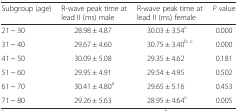
<table><thead><tr><td><b>Subgroup (age)</b></td><td><b>R-wave peak time at lead II (ms) male</b></td><td><b>R-wave peak time at lead II (ms) female</b></td><td><b><i>P</i> value</b></td></tr></thead><tbody><tr><td>21 ~ 30</td><td>28.98 ± 4.87</td><td>30.03 ± 3.54<sup>c</sup></td><td>0.000</td></tr><tr><td>31 ~ 40</td><td>29.67 ± 4.60</td><td>30.75 ± 3.40<sup>b c</sup></td><td>0.000</td></tr><tr><td>41 ~ 50</td><td>30.09 ± 5.08</td><td>29.35 ± 4.62</td><td>0.181</td></tr><tr><td>51 ~ 60</td><td>29.95 ± 4.91</td><td>29.54 ± 4.95</td><td>0.502</td></tr><tr><td>61 ~ 70</td><td>30.41 ± 4.80<sup>a</sup></td><td>29.65 ± 5.16</td><td>0.453</td></tr><tr><td>71 ~ 80</td><td>29.26 ± 5.63</td><td>28.95 ± 4.64<sup>c</sup></td><td>0.005</td></tr></tbody></table>